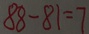
8 8 - 8 1 = 7